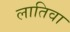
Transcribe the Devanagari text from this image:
लातिवा